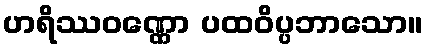
ဟရိဿဝဏ္ဏော ပထဝိပ္ပဘာသော။